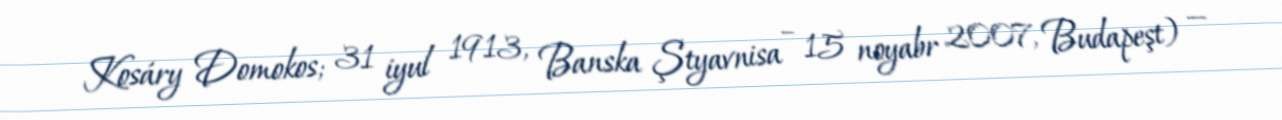
Kosáry Domokos; 31 iyul 1913, Banska Ştyavnisa – 15 noyabr 2007, Budapeşt) —